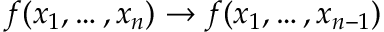
f ( x _ { 1 } , \dots , x _ { n } ) \to f ( x _ { 1 } , \dots , x _ { n - 1 } )